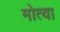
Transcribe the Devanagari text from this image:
मोत्या